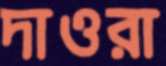
দাওরা